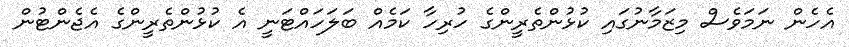
އެހެން ނަމަވެސް މިޒަމާނުގައި ކުޅުންތެރީންގެ ހުރިހާ ކަމެއް ބަލަހައްޓަނީ އެ ކުޅުންތެރީންގެ އެޖެންޓުން